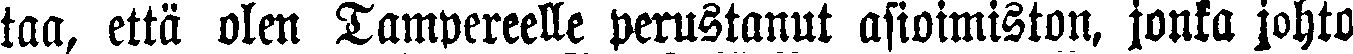
taa, että olen Tampereelle perustanut asioimiston, jonka johto